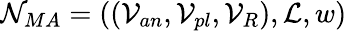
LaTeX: \mathcal{N}_{MA}=((\mathcal{V}_{an},\mathcal{V}_{pl},\mathcal{V}_{R}),\mathcal{L},w)